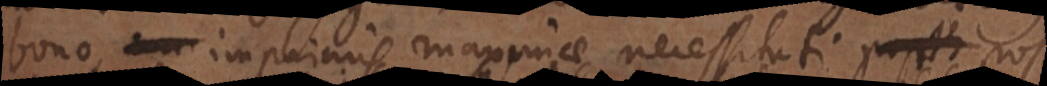
bono, ma imprimis maximae necessitati post